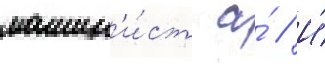
машин'и́ст а́ // И́